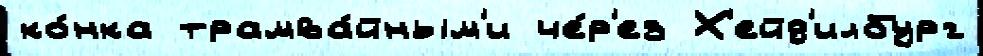
ко́нка трамва́йным'и че́р'ез Х'ейд'илбург